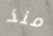
منذ